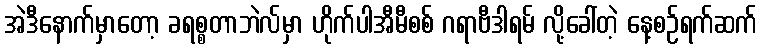
အဲဒီနောက်မှာတော့ ခရစ္စတာဘဲလ်မှာ ဟိုက်ပါအီမီစစ် ဂရာဗီဒါရမ် လို့ခေါ်တဲ့ နေ့စဉ်ရက်ဆက်